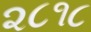
૨૮૧૮